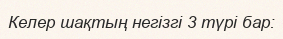
Келер шақтың негізгі 3 түрі бар: